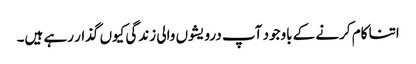
اتنا کام کرنے کے باوجود آپ درویشوں والی زندگی کیوں گذار رہے ہیں۔